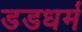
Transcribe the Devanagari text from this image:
डडधर्म